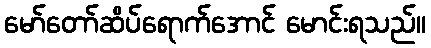
မော်တော်ဆိပ်ရောက်အောင် မောင်းရသည်။